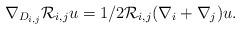
LaTeX: \begin{align*}\nabla_{D_{i,j}}\mathcal{R}_{i,j}u=1/2\mathcal{R}_{i,j}(\nabla_i+\nabla_j)u.\end{align*}